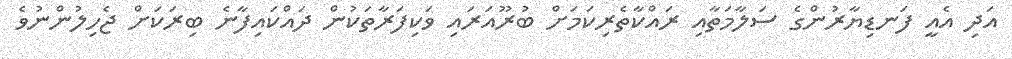
އަދި އެއީ ފަނޑިޔާރުންގެ ސަލާމަތާއި ރައްކާތެރިކަމަށް ބުރޫއަރައި ވަކިފަރާތަކުން ދައްކައިފާނެ ބިރަކަށް ޖެހިލުންނުވެ